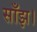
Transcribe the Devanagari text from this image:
साँझ।